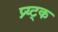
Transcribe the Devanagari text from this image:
प्र्य्ट्क